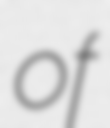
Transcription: of